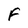
Character: F